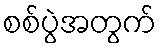
စစ်ပွဲအတွက်